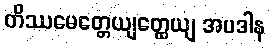
တိဿမေတ္တေယျတ္ထေယျ အပဒါန